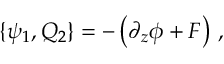
\{ \psi _ { 1 } , Q _ { 2 } \} = - \left( \partial _ { z } \phi + F \right) \, ,